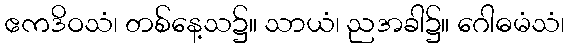
ဧကဒိဝသံ၊ တစ်နေ့သ၌။ သာယံ၊ ညအခါ၌။ ဂေါဓမံသံ၊